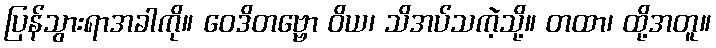
ပြန်သွားရာအခါကို။ ဝေဒိတဗ္ဗော ဝိယ၊ သိအပ်သကဲ့သို့။ တထာ၊ ထို့အတူ။